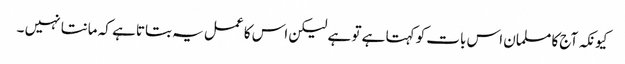
کیونکہ آج کا مسلمان اس بات کو کہتا ہے تو ہے لیکن اس کا عمل یہ بتاتا ہے کہ مانتا نہیں ۔